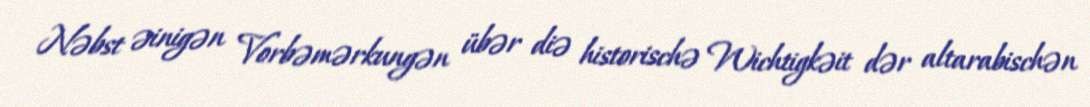
Nəbst əinigən Vorbəmərkungən übər diə historischə Wichtigkəit dər altarabischən